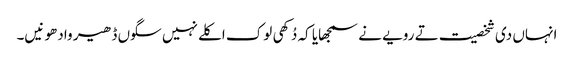
انہاں دی شخصیت تے رویے نے سمجھایا کہ دُکھی لوک اکلے نہیں سگوں ڈھیر وادھو نیں۔